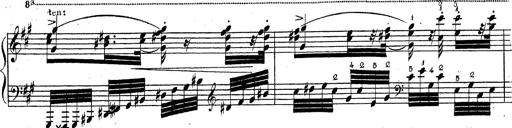
Title: Grande fantaisie sur la tyrolienne de l'opÃ©ra
Composer: Franz Liszt
Key: A major